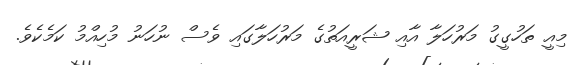
މިއީ ތަހުގީގު މަރުހަލާ އާއި ޝަރީއަތުގެ މަރުހަލާގައި ވެސް ނުހަނު މުހިއްމު ކަމެކެވެ.